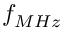
f _ { M H z }